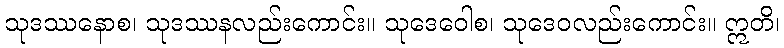
သုဒဿနောစ၊ သုဒဿနလည်းကောင်း။ သုဒေဝေါစ၊ သုဒေဝလည်းကောင်း။ ဣတိ၊